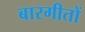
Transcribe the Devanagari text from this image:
बारगीतों